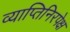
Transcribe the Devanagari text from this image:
व्याप्तिनिरपेक्ष